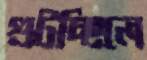
গুটচ্ছিলে